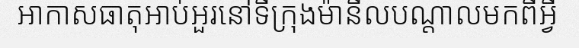
អាកាសធាតុអាប់អួរនៅទីក្រុងម៉ានីលបណ្តាលមកពីអ្វី